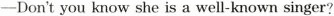
—Don't you know she is a well-known singer?